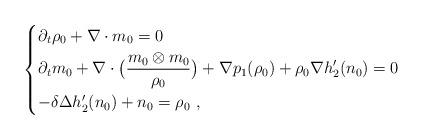
LaTeX: \begin{align*} \begin{dcases} \partial_t \rho_0 + \nabla \cdot m_0 = 0 \\ \partial_t m_0 + \nabla \cdot \big(\frac{m_0 \otimes m_0}{\rho_0}\big) + \nabla p_1(\rho_0) + \rho_0 \nabla h_2^\prime(n_0) = 0 \\ -\delta \Delta h_2^\prime(n_0) + n_0 = \rho_0 \ , \end{dcases}\end{align*}